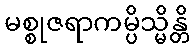
မစ္စုဇရာကမ္ပိသ္မိန္တိ